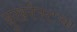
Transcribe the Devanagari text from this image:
बुखरेस्टचा